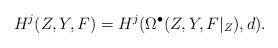
LaTeX: \begin{align*}\begin{aligned}H^{j}(Z,Y,F)=H^{j}(\Omega^{\bullet}(Z,Y,F|_{Z}),d).\end{aligned}\end{align*}